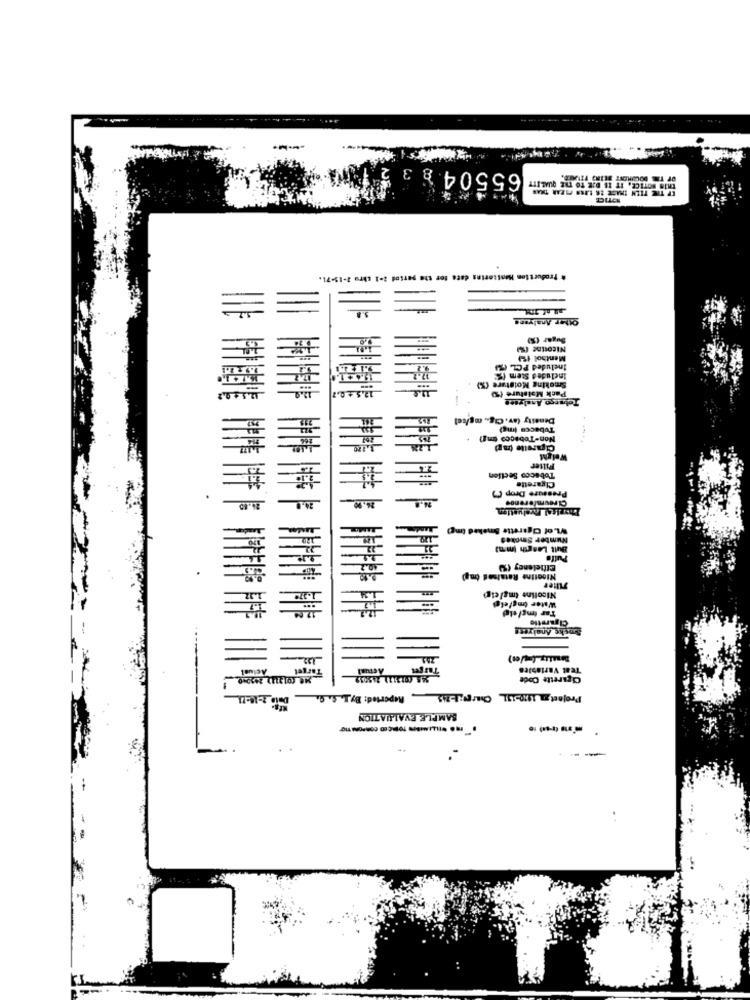
65504 8 3
THIS NOTICE, IT IS DIE TO THE QUALITY
EF THE TIEN IMAGE ER LARS MIRAR THAN
NE
. Production Monitoring date for the period 2-1 chru 2-13-71.
Other Analyses
Nicosinc (59
Menthol (S)
Included PCL (%
Included Stem (
Smoking Moisture (%)
Pack Malsture (U
Toluego Analyses
Density (av. Cig ., mg/cel
Tubacca (mg)
Non-Tobacco (mg?
Cigarette (mg)
WeigM
# #
Filter
Tobacco Section
Cigarette
Pressure Drop ()
24.40
26.90
Mandan
V.of Cigarette Smoked (mg)
Number Smokes
Butt Length (mmm!
Elfielenes (19)
Nicotine Retained (mg)
Filter
Nicoline tmg/cig)
Water (mgletgi
Tar img/elg
Cigarette
Soshe Anelyes!
192
Actual
Actual
Teat Variables
---
Cigarette Code
Imported: By]. S. G.
Project : 1010511 Charpe:1-245
SAMPLE EVALUATION
. .